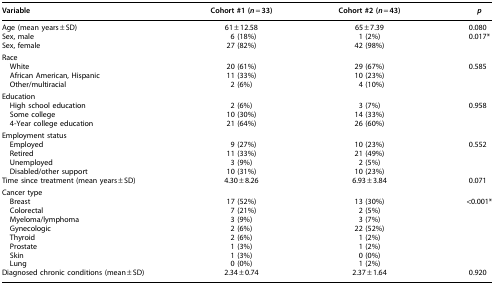
<table><thead><tr><td><b>Variable</b></td><td><b>Cohort #1 (<i>n</i> = 33)</b></td><td><b>Cohort #2 (<i>n</i> = 43)</b></td><td><b><i>p</i></b></td></tr></thead><tbody><tr><td>Age (mean years ± SD)</td><td>61 ± 12.58</td><td>65 ± 7.39</td><td>0.080</td></tr><tr><td>Sex, male</td><td>6 (18%)</td><td>1 (2%)</td><td>0.017<sup>*</sup></td></tr><tr><td>Sex, female</td><td>27 (82%)</td><td>42 (98%)</td><td>[EMPTY_CELL]</td></tr><tr><td colspan="4">Race</td></tr><tr><td> White</td><td>20 (61%)</td><td>29 (67%)</td><td>0.585</td></tr><tr><td> African American, Hispanic</td><td>11 (33%)</td><td>10 (23%)</td><td>[EMPTY_CELL]</td></tr><tr><td> Other/multiracial</td><td>2 (6%)</td><td>4 (10%)</td><td>[EMPTY_CELL]</td></tr><tr><td colspan="4">Education</td></tr><tr><td> High school education</td><td>2 (6%)</td><td>3 (7%)</td><td>0.958</td></tr><tr><td> Some college</td><td>10 (30%)</td><td>14 (33%)</td><td>[EMPTY_CELL]</td></tr><tr><td> 4-Year college education</td><td>21 (64%)</td><td>26 (60%)</td><td>[EMPTY_CELL]</td></tr><tr><td colspan="4">Employment status</td></tr><tr><td> Employed</td><td>9 (27%)</td><td>10 (23%)</td><td>0.552</td></tr><tr><td> Retired</td><td>11 (33%)</td><td>21 (49%)</td><td>[EMPTY_CELL]</td></tr><tr><td> Unemployed</td><td>3 (9%)</td><td>2 (5%)</td><td>[EMPTY_CELL]</td></tr><tr><td> Disabled/other support</td><td>10 (31%)</td><td>10 (23%)</td><td>[EMPTY_CELL]</td></tr><tr><td>Time since treatment (mean years ± SD)</td><td>4.30 ± 8.26</td><td>6.93 ± 3.84</td><td>0.071</td></tr><tr><td colspan="4">Cancer type</td></tr><tr><td> Breast</td><td>17 (52%)</td><td>13 (30%)</td><td>&lt;0.001<sup>*</sup></td></tr><tr><td> Colorectal</td><td>7 (21%)</td><td>2 (5%)</td><td>[EMPTY_CELL]</td></tr><tr><td> Myeloma/lymphoma</td><td>3 (9%)</td><td>3 (7%)</td><td>[EMPTY_CELL]</td></tr><tr><td> Gynecologic</td><td>2 (6%)</td><td>22 (52%)</td><td>[EMPTY_CELL]</td></tr><tr><td> Thyroid</td><td>2 (6%)</td><td>1 (2%)</td><td>[EMPTY_CELL]</td></tr><tr><td> Prostate</td><td>1 (3%)</td><td>1 (2%)</td><td>[EMPTY_CELL]</td></tr><tr><td> Skin</td><td>1 (3%)</td><td>0 (0%)</td><td>[EMPTY_CELL]</td></tr><tr><td> Lung</td><td>0 (0%)</td><td>1 (2%)</td><td>[EMPTY_CELL]</td></tr><tr><td>Diagnosed chronic conditions (mean ± SD)</td><td>2.34 ± 0.74</td><td>2.37 ± 1.64</td><td>0.920</td></tr></tbody></table>